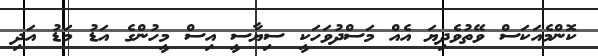
ކޮންމެއަކަސް ވޭތުވެދިޔަ އެއް މަސްދުވަހަކީ ސިޔާސީ އިސް މީހުންގެ އަޑު މަޑު އަދި